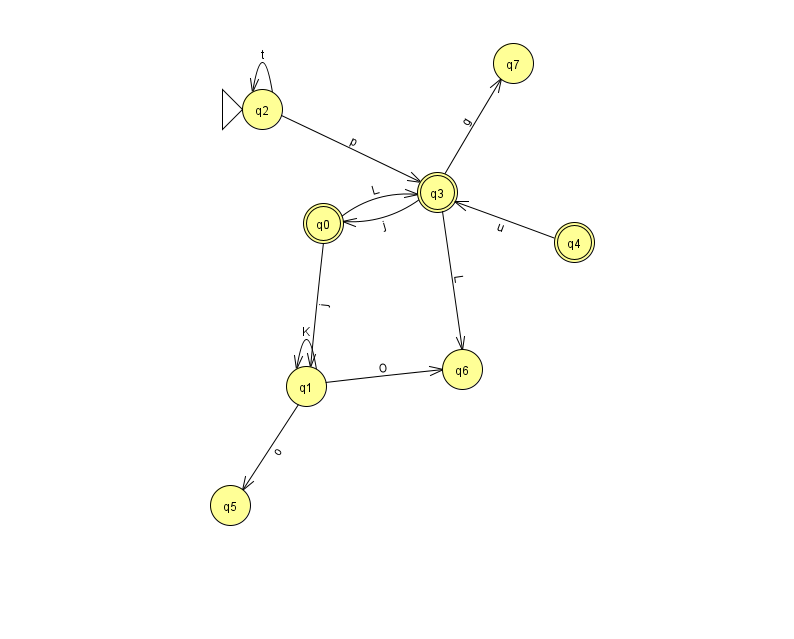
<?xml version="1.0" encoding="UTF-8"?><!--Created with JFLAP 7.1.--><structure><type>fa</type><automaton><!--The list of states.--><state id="0" name="q0"><x>323.0</x><y>210.0</y><final/></state><state id="1" name="q1"><x>306.0</x><y>373.0</y></state><state id="2" name="q2"><x>262.0</x><y>96.0</y><initial/></state><state id="3" name="q3"><x>437.0</x><y>179.0</y><final/></state><state id="4" name="q4"><x>574.0</x><y>229.0</y><final/></state><state id="5" name="q5"><x>230.0</x><y>492.0</y></state><state id="6" name="q6"><x>462.0</x><y>356.0</y></state><state id="7" name="q7"><x>513.0</x><y>50.0</y></state><!--The list of transitions.--><transition><from>4</from><to>3</to><read>u</read></transition><transition><from>2</from><to>3</to><read>p</read></transition><transition><from>3</from><to>0</to><read>j</read></transition><transition><from>0</from><to>3</to><read>L</read></transition><transition><from>2</from><to>2</to><read>t</read></transition><transition><from>3</from><to>7</to><read>g</read></transition><transition><from>1</from><to>6</to><read>O</read></transition><transition><from>3</from><to>6</to><read>L</read></transition><transition><from>1</from><to>1</to><read>K</read></transition><transition><from>1</from><to>5</to><read>o</read></transition><transition><from>0</from><to>1</to><read>j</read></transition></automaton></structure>